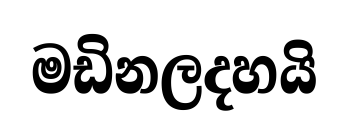
මඩිනලදහයි